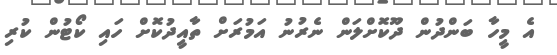
އެ މީހާ ބަންދުން ދޫކޮށްލަން ނެރުނު އަމުރަށް ތާއީދުކޮށް ހައި ކޯޓުން ކުރި